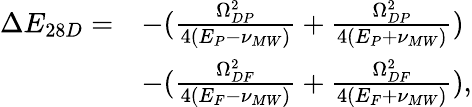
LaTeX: \begin{array}{rl}{\Delta E_{28D}=}&{-(\frac{\Omega_{DP}^{2}}{4(E_{P}-\nu_{MW})}+\frac{\Omega_{DP}^{2}}{4(E_{P}+\nu_{MW})})}\\ &{-(\frac{\Omega_{DF}^{2}}{4(E_{F}-\nu_{MW})}+\frac{\Omega_{DF}^{2}}{4(E_{F}+\nu_{MW})}),}\end{array}